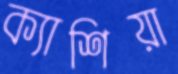
ক্যাশিয়া